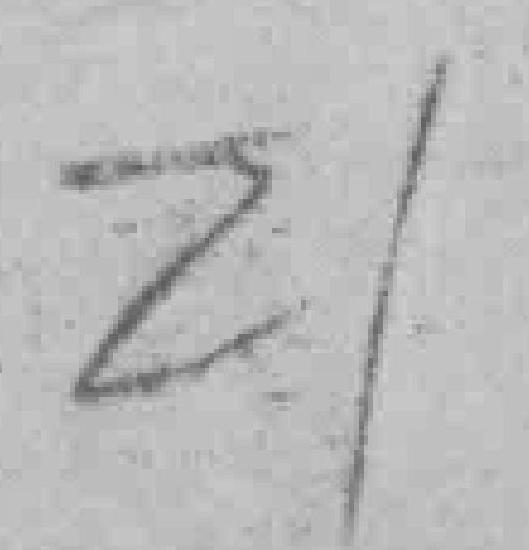
21